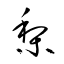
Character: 梨